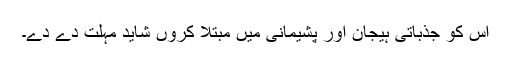
اس کو جذباتی ہیجان اور پشیمانی میں مبتلا کروں شاید مہلت دے دے۔